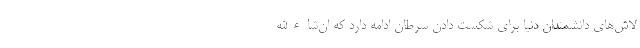
لاش‌های دانشمندان دنیا برای شکست دادن سرطان ادامه دارد که ان‌شاءالله